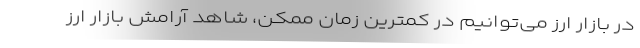
در بازار ارز می‌توانیم در کمترین زمان ممکن، شاهد آرامش بازار ارز